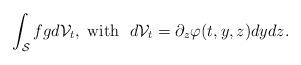
LaTeX: \begin{align*} \int_\mathcal{S}fgd\mathcal{V}_t,~\mbox{with}~~d\mathcal{V}_t=\partial_z\varphi(t,y,z)dydz.\end{align*}